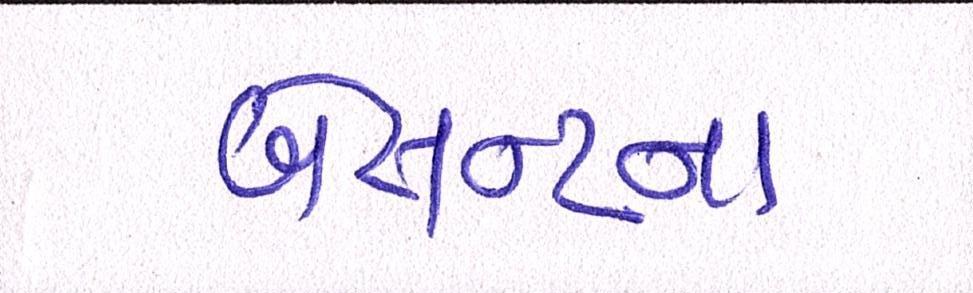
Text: બેસન્ટના